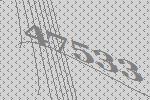
47533